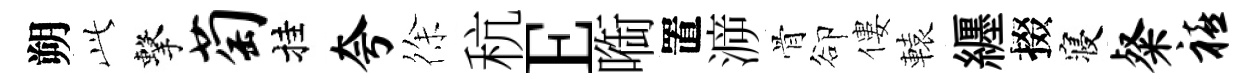
朔𬼘擊萄挂夸徐秔E㗸置㴑骨卻僂轅纒掇寝粲禧